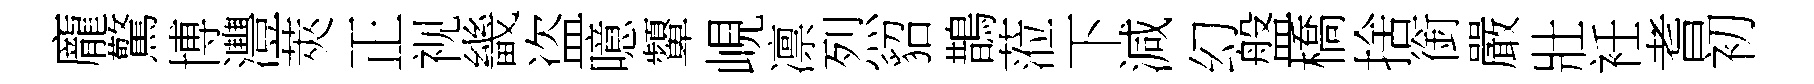
龐驚博灃莢正视畿盗噫顰峴凛烈貂鵲蒞下減幻盤橋捨銜嚴壯衽耆初